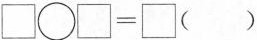
$$\square\bigcirc\square=\square（）$$